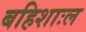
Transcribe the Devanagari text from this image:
बहिशाःल